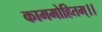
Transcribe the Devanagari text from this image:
काममोहितम्।।